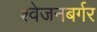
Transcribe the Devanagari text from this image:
श्‍वेजनबर्गर